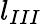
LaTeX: l_{III}